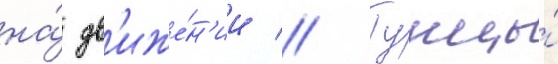
на́ дв'иже́н'ии // Тунцы́